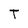
Character: T